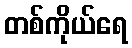
တစ်ကိုယ်ရေ